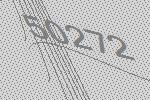
50272